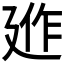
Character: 𢌣